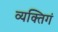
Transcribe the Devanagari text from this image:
व्यक्तिगं